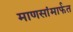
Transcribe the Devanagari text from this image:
माणसांमार्फत